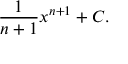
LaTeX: { \frac { 1 } { n + 1 } } x ^ { n + 1 } + C .